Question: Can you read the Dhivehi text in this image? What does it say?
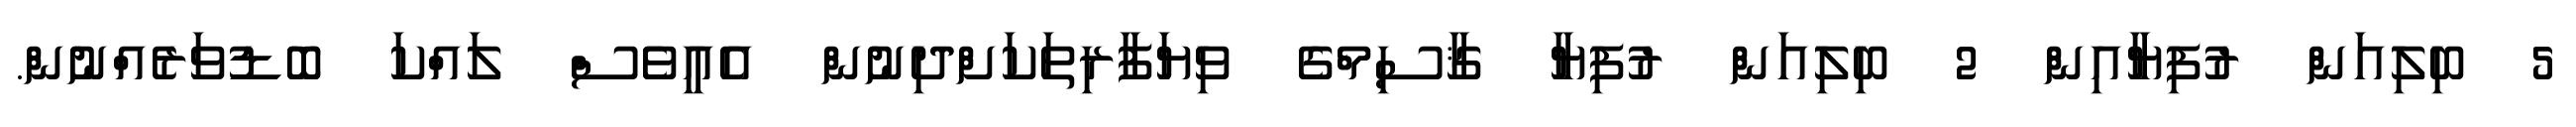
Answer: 5 ބިލިއަން ރުފިޔާއިން 2 ބިލިއަން ރުފިޔާ ޤާސިމްގެ ވިޔަފާރިތަކަށްދިނުން އެއީވެސް ލައްކަ ބޮޑުވަރެއްނުން.